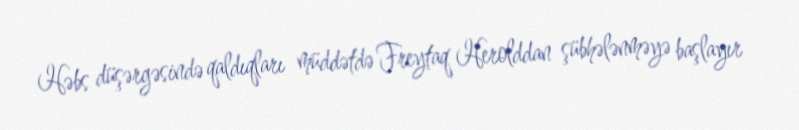
Həbs düşərgəsində qaldıqları müddətdə Freytaq Herolddan şübhələnməyə başlayır